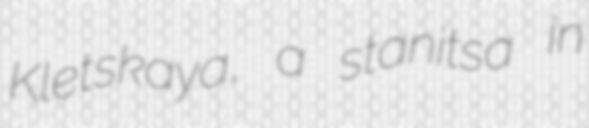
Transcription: Kletskaya, a stanitsa in